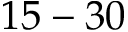
1 5 - 3 0